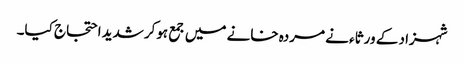
شہزاد کے ورثاء نے مردہ خانے میں جمع ہوکرشدید احتجاج کیا۔